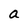
Character: a